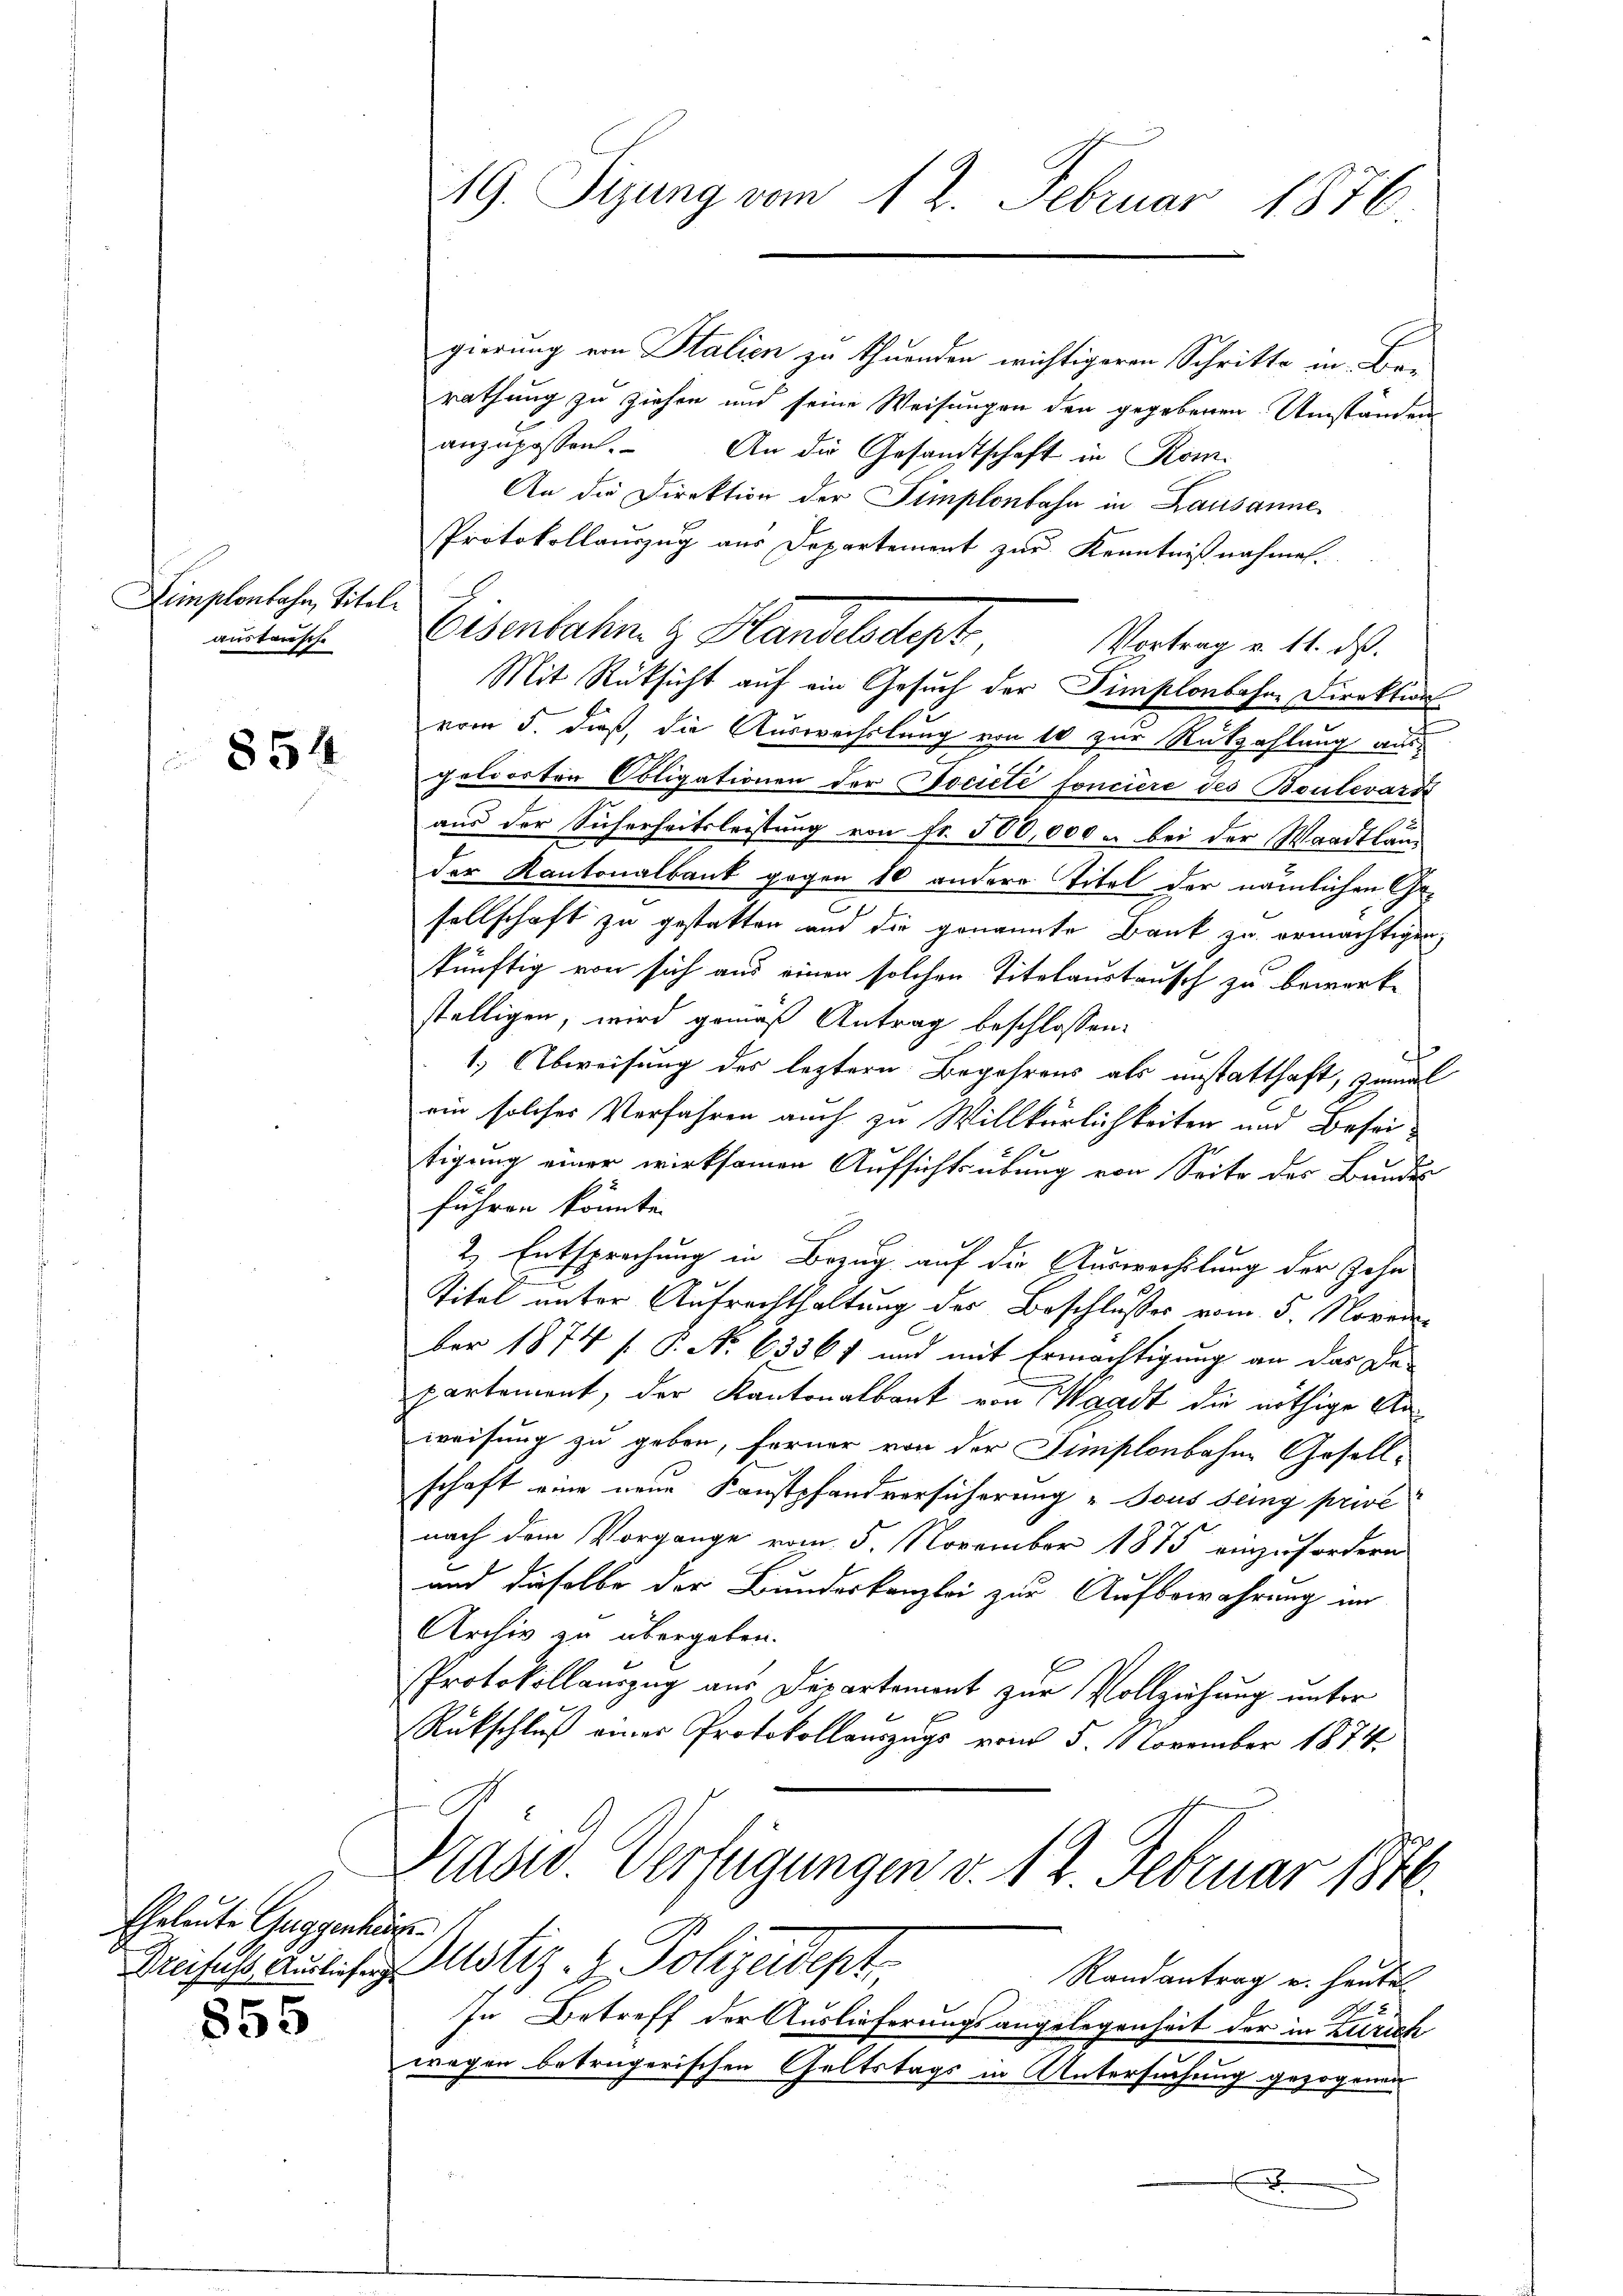
Limplonbahn, Titel.
austausche

854

Eheleute Guggenhäg

855

19. Sizung vom 12. Februar 1876

gierung von Stalien zu thuenden wichtigeren Schritte in Berathung zu ziehen und seine Weisungen den gegebenen Umständen
anzupassen. An die Gesandtschaft in Kom-
An die Direktion der Simplonbahn in Lausanne
Protokollauszug aus Departement zur Kenntnißnahmen.
Eisenbahn.  Handelsdept
Vortrag v. 11. ds.
Mit Rücksicht auf ein Gesuch der Simplonbohne Direktion
vom 5. dieß, die Auswechslung von 10 zur Rützahlung ausgeloorten Obligationen der Societé fonciere des Boulevart
aus der Sicherheitsleistung von Fr. 500,000 u. bei der Waadtlan-
der Kantonalbank gegen 10 andere Titel der nämlichen Gesellschaft zu gestatten und die genannte Bank zu ermächtigen,
künftig von sich aus einen solchen Titelaustausch zu bewerke
stelligen, wird gemäß Antrag beschlossen:
1.) Abweisung des leztere Begehrens als instatthaft, zumal
ein solches Verfahren auch zu Willkürlichkeiten und Besei¬
1
tigung einer wirksamen Aufsichtsübung von Seite des Bundes
führen könnte.
2. Entsprechung in Bezug auf die Auswechslung der Zehn
Titel unter Aufrechthaltung des Beschlusses vom 5. Noveder
ber 1874 [ P. No 6336 f und mit Ermächtigung an das De-
partement, der Kantonalbank von Waadt die nöthige Anweisung zu geben, ferner von der Dimißlonbahne Gesell-
schaft eine neue Konstpfandversicherung „Tous seing privé
nach dem Vorgange vom 5. November 1875 einzufordern
und dieselbe der Bundeskanzlei zur Aufbewahrung im
Archiv zu übergeben.
Protokollauszug aus Departement zur Vollziehung unter
Rückschluß einer Protokollauszugs vom 5. 11 November 1874.

Prase Verfügungen v. 12 Februar 1876.

Drefus aussi ustiz- & Polizeidept
Randantrag u. heute
wegen betrügerischen Geltstags in Untersuchung gezogenen
x

In Betreff der Auslieferungsangelegenheit der in Zürich